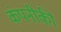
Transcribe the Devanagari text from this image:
कंपनीकी